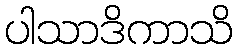
ပါသာဒိကာသိ